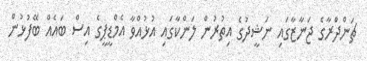
ޗަންދްރާގެ ޖަނާޒާގައި ނަޝީދުގެ އިތުރުން ލަންކާގައި އުޅުއްވާ އެމްޑީޕީގެ އިސް ބައެއް ބޭފުޅުން